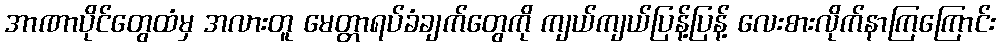
အာဏာပိုင်တွေထံမှ အလားတူ မေတ္တာရပ်ခံချက်တွေကို ကျယ်ကျယ်ပြန့်ပြန့် လေးစားလိုက်နာကြကြောင်း